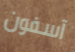
آسفون